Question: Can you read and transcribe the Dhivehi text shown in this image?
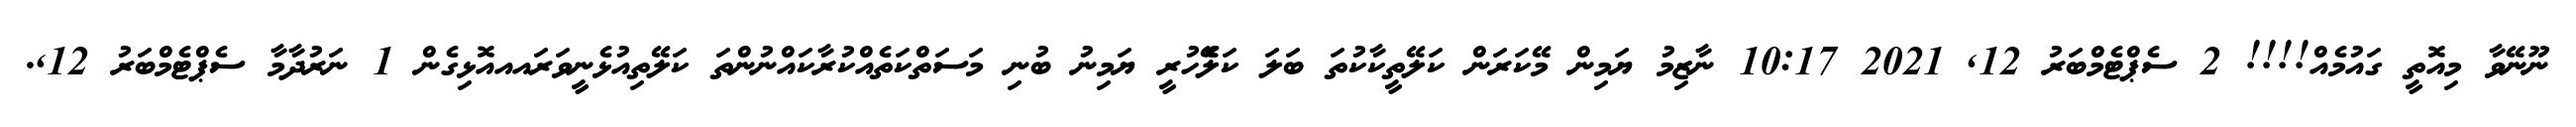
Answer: ނޫނޭވާ މިއޮތީ ގައުމެއް!!!! 2 ސެޕްޓެމްބަރު 12, 2021 10:17 ނާޒިމު ޔަމިން މޭކަރަން ކަލޭތީކާކުތަ ބަލަ ކަލެޭހުރީ ޔަމިނު ބުނި މަސަތްކަތެއްކުރާކައްނުންތަ ކަލޭތިއުޅެނީވަރައއއޮޅިގެން 1 ނަރުދާމާ ސެޕްޓެމްބަރު 12,.